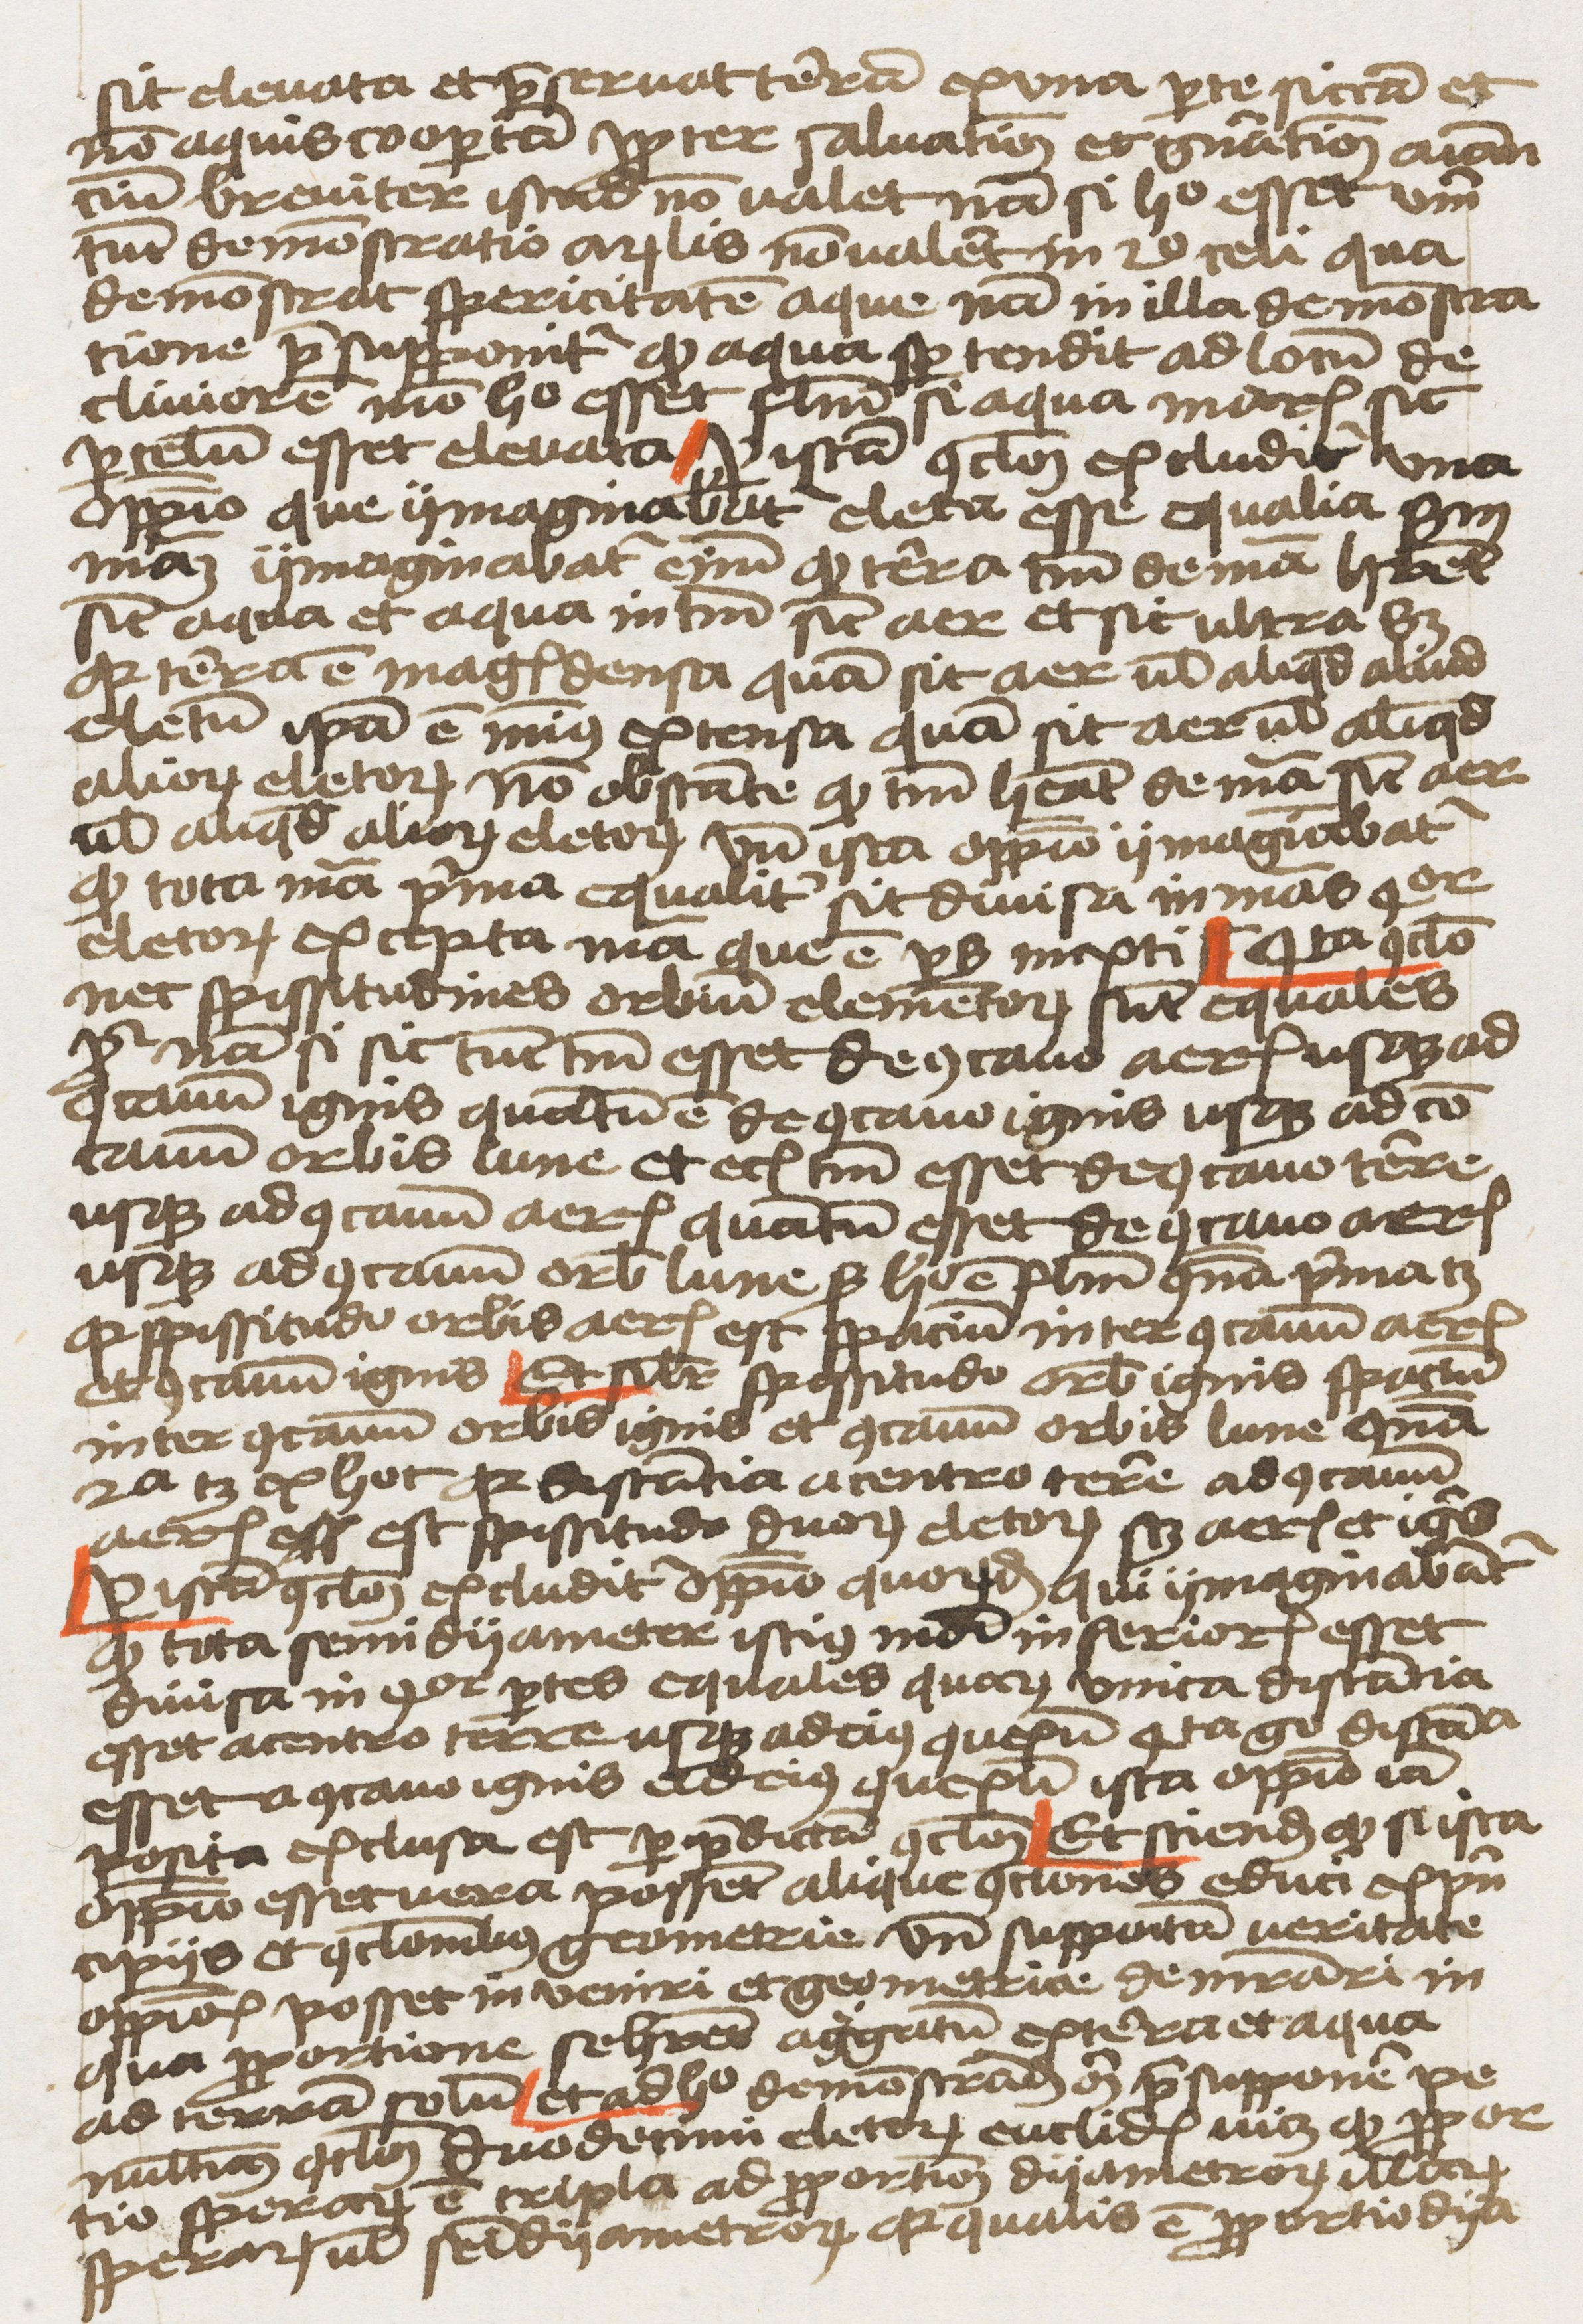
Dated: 1459–1459